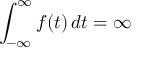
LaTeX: \int _ { - \infty } ^ { \infty } f ( t ) \, d t = \infty